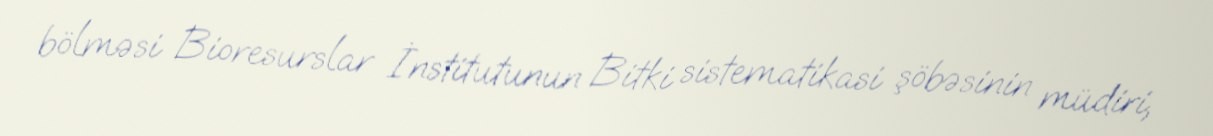
bölməsi Bioresurslar İnstitutunun Bitki sistematikasi şöbəsinin müdiri,